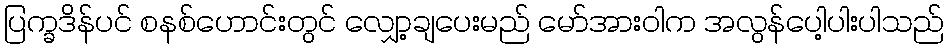
ပြက္ခဒိန်ပင် စနစ်ဟောင်းတွင် လျှော့ချပေးမည် မော်အားဝါက အလွန်ပေါ့ပါးပါသည်